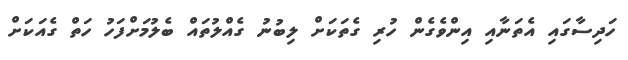
ހަދިސާގައި އެތަނާއި އިންވެގެން ހުރި ގެތަކަށް ލިބުނު ގެއްލުތައް ބެލުމަށްފަހު ހަތް ގެއަކަށް